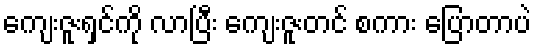
ကျေးဇူးရှင်ကို လာပြီး ကျေးဇူးတင် စကား ပြောတာပဲ